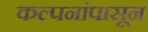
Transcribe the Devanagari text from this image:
कल्पनांपासून